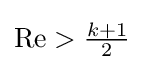
{\textstyle \operatorname {Re} >{\frac {k+1}{2}}}